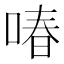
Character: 㖺